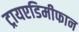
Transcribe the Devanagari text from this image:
ट्रायएडिमीफान